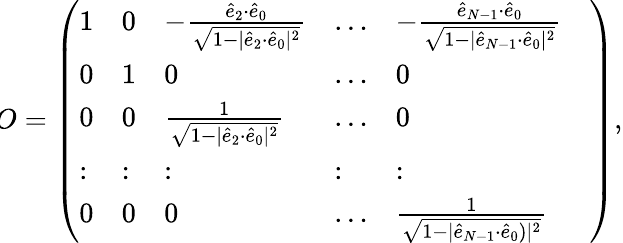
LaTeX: \begin{array}{r}{\! O=\left(\begin{array}{llllll}{1}&{0}&{-\frac{\hat{e}_{2}{\cdot}\hat{e}_{0}}{\sqrt{1-|\hat{e}_{2}{\cdot}\hat{e}_{0}|^{2}}}}&{\dots}&{-\frac{\hat{e}_{N-1}{\cdot}\hat{e}_{0}}{\sqrt{1-|\hat{e}_{N-1}{\cdot}\hat{e}_{0}|^{2}}}}&\\ {0}&{1}&{0}&{\dots}&{0}\\ {0}&{0}&{\frac{1}{\sqrt{1-|\hat{e}_{2}{\cdot}\hat{e}_{0}|^{2}}}}&{\dots}&{0}\\ {:}&{:}&{:}&{:}&{:}\\ {0}&{0}&{0}&{\dots}&{\frac{1}{\sqrt{1-|\hat{e}_{N-1}{\cdot}\hat{e}_{0})|^{2}}}}\end{array}\right),}\end{array}